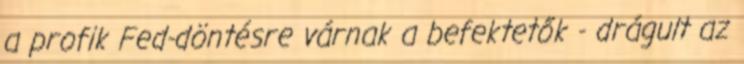
a profik Fed-döntésre várnak a befektetők - drágult az